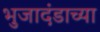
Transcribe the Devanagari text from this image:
भुजादंडाच्या